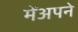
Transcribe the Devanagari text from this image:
मेंअपने